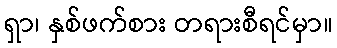
ရှာ၊ နှစ်ဖက်စား တရားစီရင်မှာ။